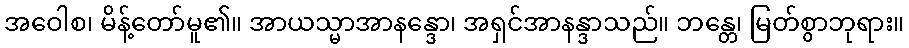
အဝေါစ၊ မိန့်တော်မူ၏။ အာယသ္မာအာနန္ဒော၊ အရှင်အာနန္ဒာသည်။ ဘန္တေ၊ မြတ်စွာဘုရား။